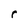
Character: r